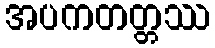
အပကတတ္တဿ